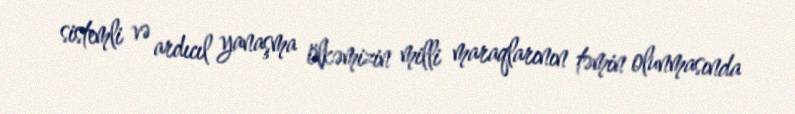
sistemli və ardıcıl yanaşma ölkəmizin milli maraqlarının təmin olunmasında